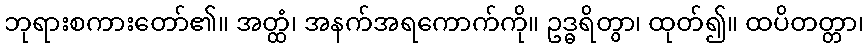
ဘုရားစကားတော်၏။ အတ္ထံ၊ အနက်အရကောက်ကို။ ဥဒ္ဓရိတွာ၊ ထုတ်၍။ ထပိတတ္တာ၊